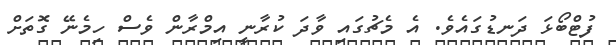
ފުޓްބޯޅަ ދަނޑުގައެވެ. އެ މެޗުގައި ވާދަ ކުރާނީ އިމްރާން ވެސް ހިމެނޭ ގޮތަށް